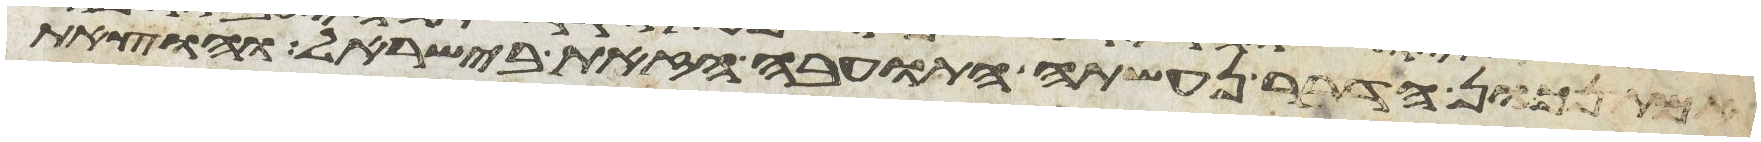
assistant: אמת נכון הדבר נעשתה התועבה הזאת בישראל והוצאת